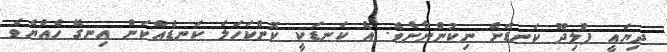
ދިޔައީ ފުލިދޫ ކަނޑަށް ނިކުންނާށެވެ. އެ ކަނޑަކީ ކޮންކަހަލަ ކަނޑެއްކަން އިނގޭ ހެއްޔެވެ